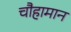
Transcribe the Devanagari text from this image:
चौहामान